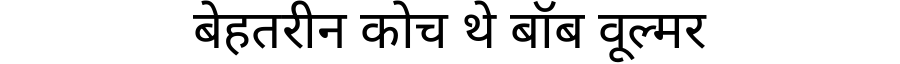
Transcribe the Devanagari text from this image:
बेहतरीन कोच थे बॉब वूल्मर